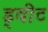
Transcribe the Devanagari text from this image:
ड्वीट